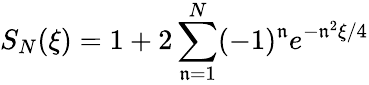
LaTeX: S_{N}(\xi)=1+2\sum_{\mathfrak{n}=1}^{N}(-1)^{\mathfrak{n}}e^{-\mathfrak{n}^{2}\xi/4}